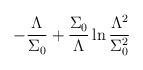
\begin{align*}-\frac{\Lambda}{\Sigma_0}+\frac{\Sigma_0}{\Lambda}\ln\frac{\Lambda^2}{\Sigma_0^2}\end{align*}